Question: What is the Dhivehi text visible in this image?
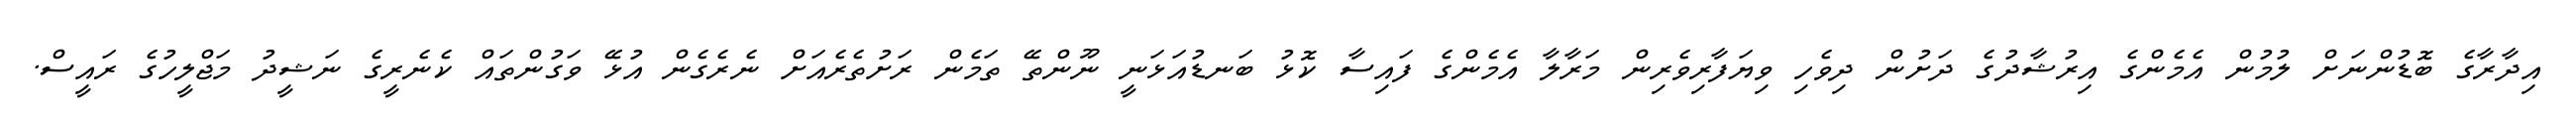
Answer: އިދާރާގެ ބޮޑުންނަށް ލުމުން އެމެންގެ އިރުޝާދުގެ ދަށުން ދިވެހި ވިޔަފާރިވެރިން މަރާލާ އެމެންގެ ފައިސާ ކޮޅު ބަނޑުއަޅަނީ ނޫންތޭ ތަމެން ރަށުތެރެއަށް ނެރެގެން އުޅޭ ވަގުންތައް ކެނެރީގެ ނަޝީދު މަޖްލީހުގެ ރައީސް.